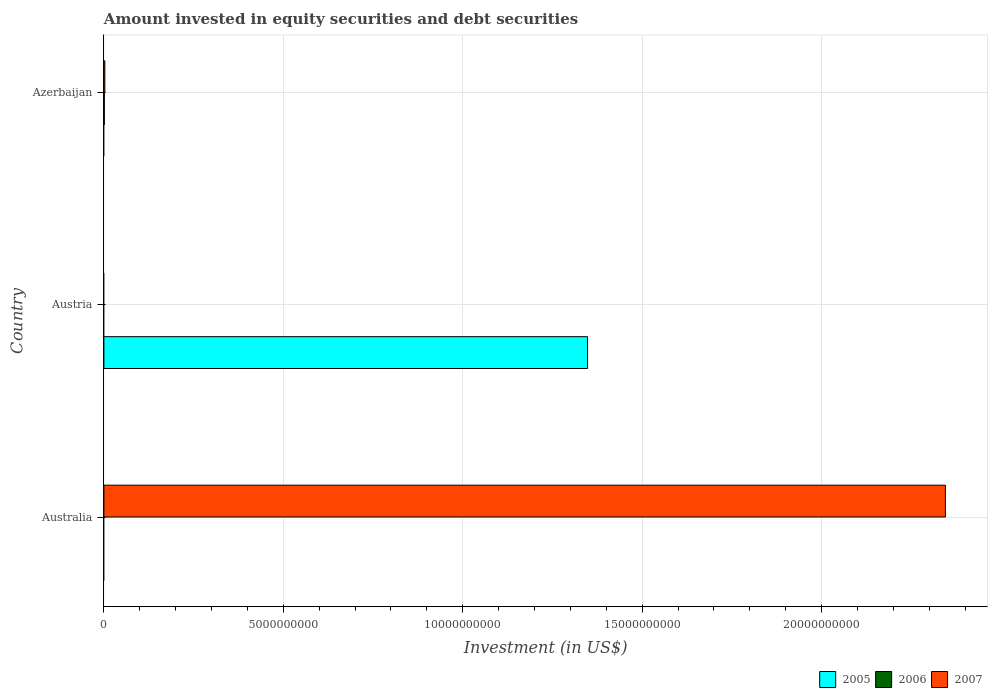
| Country | 2005 | 2006 | 2007 |
 | --- | --- | --- | --- |
 | Australia | -3.27e+10 | -5.23e+10 | 2.35e+10 |
 | Austria | 1.35e+10 | -1.45e+10 | -3.02e+10 |
 | Azerbaijan | -3.05e+07 | 1.2e+07 | 2.64e+07 |